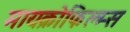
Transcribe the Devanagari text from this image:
मायक्रोफिल्म्स